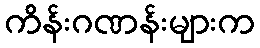
ကိန်းဂဏန်းများက